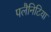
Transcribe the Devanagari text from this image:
पलैनिटिया